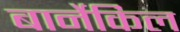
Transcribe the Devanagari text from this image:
बार्नेकिल